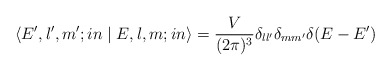
\begin{align*}\left\langle {{E',l',m';in}} \mathrel{\left | {\vphantom {{E',l',m';in}{E,l,m}}} \right. \kern-\nulldelimiterspace} {{E,l,m;in}} \right\rangle={V\over {(2\pi )^3}}\delta _{ll'}\delta _{mm'}\delta (E-E')\end{align*}